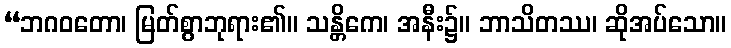
“ဘဂဝတော၊ မြတ်စွာဘုရား၏။ သန္တိကေ၊ အနီး၌။ ဘာသိတဿ၊ ဆိုအပ်သော။